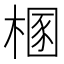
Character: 㮯